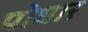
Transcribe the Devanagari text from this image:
पोधार